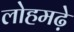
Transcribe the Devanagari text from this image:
लोहमढ़े